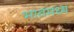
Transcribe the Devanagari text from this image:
भावमध्य